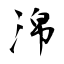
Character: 淿